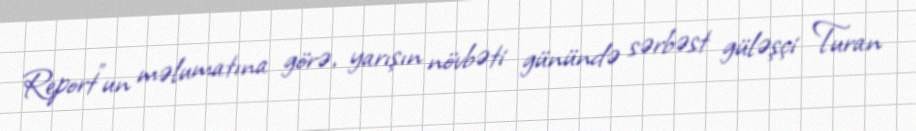
Report"un məlumatına görə, yarışın növbəti günündə sərbəst güləşçi Turan